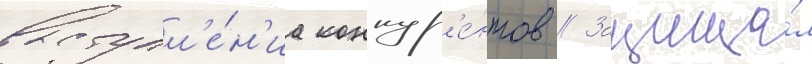
выступл'е́н'иа конкур'е́нтов // Защища́л